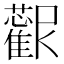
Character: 𱿀